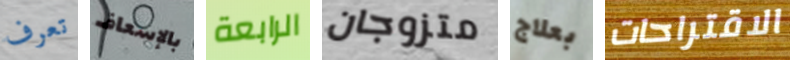
تعرف بالإسعاف الرابعة متزوجان بعلاج الاقتراحات